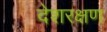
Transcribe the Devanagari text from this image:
देशरक्षण